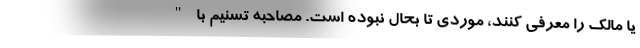
یا مالک را معرفی کنند، موردی تا بحال نبوده است. مصاحبه تسنیم با "